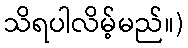
သိရပါလိမ့်မည်။)